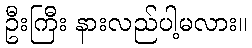
ဦးကြီး နားလည်ပါ့မလား။